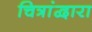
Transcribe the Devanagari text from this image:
चित्रांद्वारा